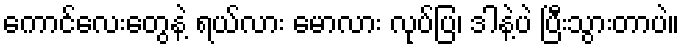
ကောင်လေးတွေနဲ့ ရယ်လား မောလား လုပ်ပြ၊ ဒါနဲ့ပဲ ပြီးသွားတာပဲ။